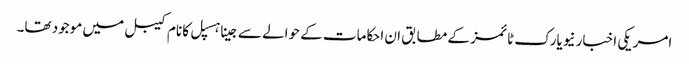
امریکی اخبار نیویارک ٹائمز کے مطابق ان احکامات کے حوالے سےجینا ہسپل کا نام کیبل میں موجود تھا۔